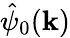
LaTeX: {\hat{\psi}}_{0}(\mathbf{k})